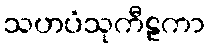
သဟပံသုကီဠကာ